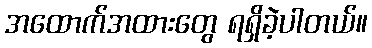
အထောက်အထားတွေ ရရှိခဲ့ပါတယ်။